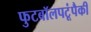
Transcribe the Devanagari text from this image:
फुटबॉलपटूंपैकी